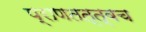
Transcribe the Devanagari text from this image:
प्राणतत्त्वच